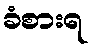
ခံစားရ